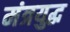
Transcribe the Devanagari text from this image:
मंत्रयुद्ध